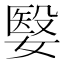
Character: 嫛